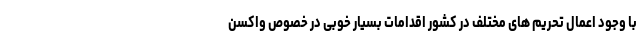
با وجود اعمال تحریم های مختلف در کشور اقدامات بسیار خوبی در خصوص واکسن